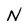
Character: N